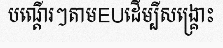
បណ្តើរៗតាមEUដើម្បីសង្គ្រោះ